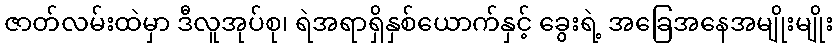
ဇာတ်လမ်းထဲမှာ ဒီလူအုပ်စု၊ ရဲအရာရှိနှစ်ယောက်နှင့် ခွေးရဲ့ အခြေအနေအမျိုးမျိုး